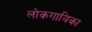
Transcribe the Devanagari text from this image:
लोकगायिका